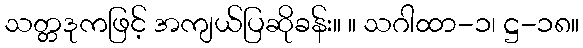
သတ္တဒုကဖြင့် အကျယ်ပြဆိုခန်း။ ။ သဂါထာ-၁၊ ဋ္ဌ-၁၈။